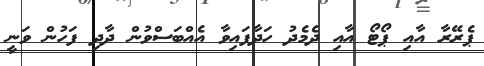
ޕެރޭރާ އާއި ޕޯޓޯ އާއި ދެމެދު ހަދާފައިވާ އެއްބަސްވުން ދާދި ފަހުން ވަނީ